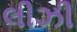
લીઝી